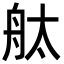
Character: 舦